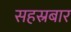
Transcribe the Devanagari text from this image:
सहस्रबार